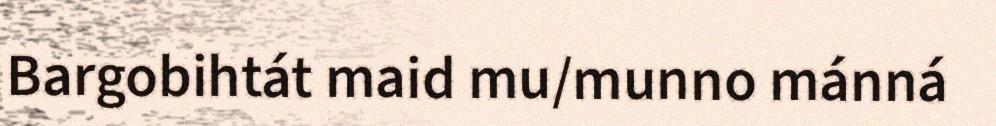
Bargobihtát maid mu/munno mánná